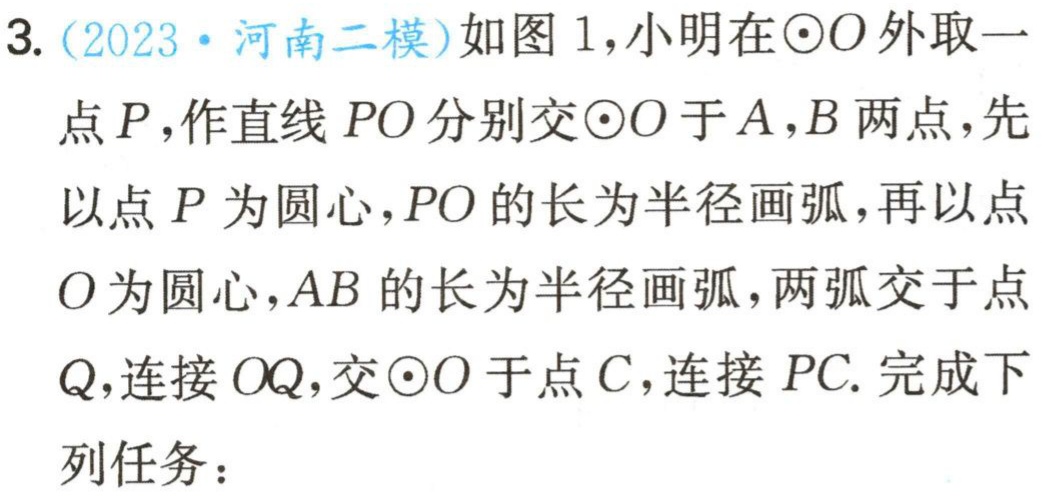
3. (2023·河南二模)如图1，小明在$\odot O$外取一
点$P$，作直线$PO$分别交$\odot O$于$A,B$两点，先
以点$P$为圆心，$PO$的长为半径画弧，再以点
$O$为圆心，$AB$的长为半径画弧，两弧交于点
$Q$，连接$OQ$，交$\odot O$于点$C$，连接$PC$. 完成下
列任务：